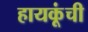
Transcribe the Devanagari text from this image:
हायकूंची